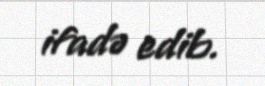
ifadə edib.